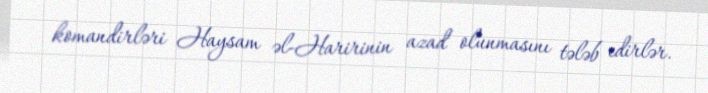
komandirləri Haysam əl-Haririnin azad olunmasını tələb edirlər.